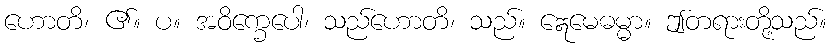
ဟောတိ၊ ၏။ ပ။ အဝိက္ခေပေါ၊ သည်ဟောတိ၊ သည်။ ဣေမေဓမ္မာ။ ဤတရားတို့သည်။